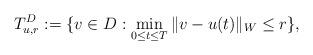
LaTeX: \begin{align*}T_{u,r}^D:=\{v\in D: \min_{0\le t\le T}\|v-u(t)\|_W\le r\},\end{align*}